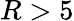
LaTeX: R>5